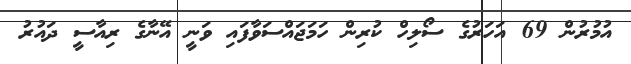
އުމުރުން 69 އަހަރުގެ ސޯލިހް ކުރިން ހަމަޖައްސަވާފައި ވަނީ އޭނާގެ ރިއާސީ ދައުރު